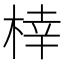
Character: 𪲟